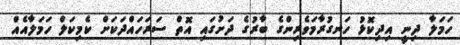
ހަމަލާ ދިނީ އިދިކޮޅު ހަނގުރާމަވެރިންގެ ބާރުގެ ދަށުގައި އޮތް ސަރަހައްދަކަށް ކެމިކަލް ހަމަލާއެއް